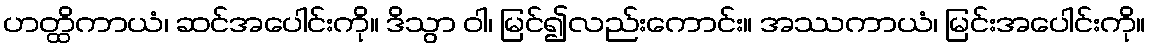
ဟတ္ထိကာယံ၊ ဆင်အပေါင်းကို။ ဒိသွာ ဝါ၊ မြင်၍လည်းကောင်း။ အဿကာယံ၊ မြင်းအပေါင်းကို။